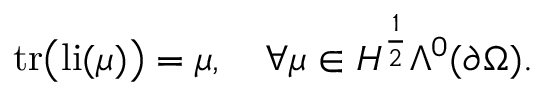
\mathrm { t r } \big ( \mathrm { l i } ( \mu ) \big ) = \mu , \quad \forall \mu \in H ^ { \frac { 1 } { 2 } } \Lambda ^ { 0 } ( \partial \Omega ) .